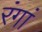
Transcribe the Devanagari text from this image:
रंगां